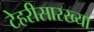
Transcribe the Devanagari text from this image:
टेहरीसारख्या